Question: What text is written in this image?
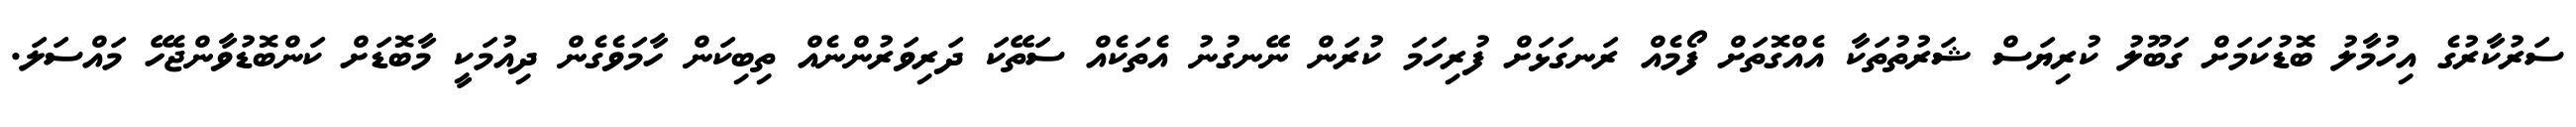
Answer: ސަރުކާރުގެ އިހުމާލު ބޮޑުކަމަށް ގަބޫލު ކުރިޔަސް ޝަރުތުތަކާ އެއްގޮތަށް ފޯމެއް ރަނގަޅަށް ފުރިހަމަ ކުރަން ނޭނގުނު އެތަކެއް ސަތޭކަ ދަރިވަރުންނެއް ތިބިކަން ހާމަވެގެން ދިއުމަކީ މާބޮޑަށް ކަންބޮޑުވާންޖެހޭ މައްސަލަ.